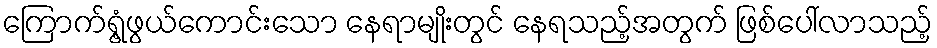
ကြောက်ရွံ့ဖွယ်ကောင်းသော နေရာမျိုးတွင် နေရသည့်အတွက် ဖြစ်ပေါ်လာသည့်